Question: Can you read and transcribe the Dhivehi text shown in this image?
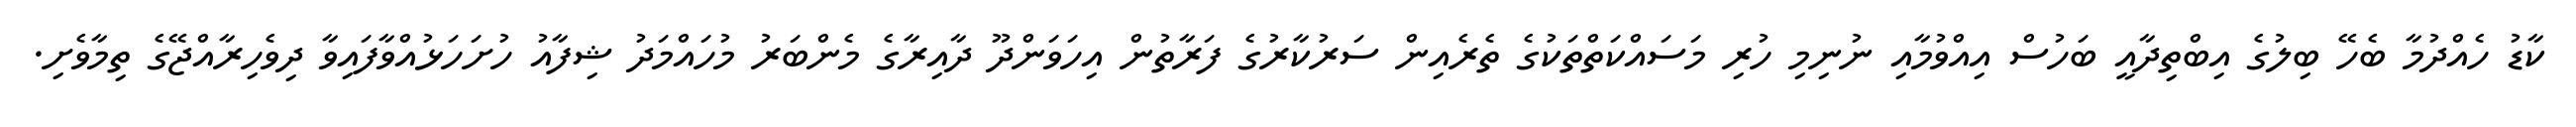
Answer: ކާޑު ހެއްދުމާ ބެހޭ ބިލުގެ އިބްތިދާއީ ބަހުސް އިއްވުމާއި ނުނިމި ހުރި މަސައްކަތްތަކުގެ ތެރެއިން ސަރުކާރުގެ ފަރާތުން އިހަވަންދޫ ދާއިރާގެ މެންބަރު މުހައްމަދު ޝިފާއު ހުށަހަޅުއްވާފައިވާ ދިވެހިރާއްޖޭގެ ތިމާވެށި.